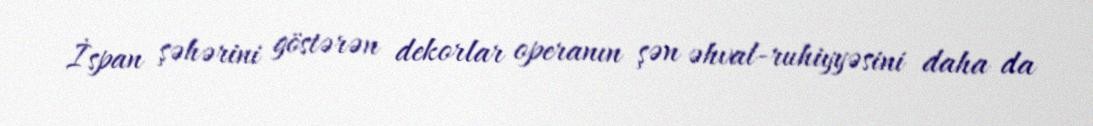
İspan şəhərini göstərən dekorlar operanın şən əhval-ruhiyyəsini daha da